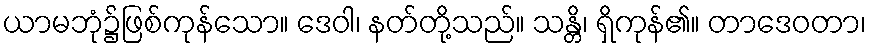
ယာမဘုံ၌ဖြစ်ကုန်သော။ ဒေဝါ၊ နတ်တို့သည်။ သန္တိ၊ ရှိကုန်၏။ တာဒေဝတာ၊